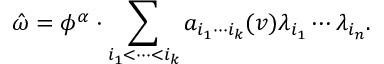
\hat { \omega } = \phi ^ { \alpha } \cdot \sum _ { i _ { 1 } < \cdots < i _ { k } } a _ { i _ { 1 } \cdots i _ { k } } ( v ) \lambda _ { i _ { 1 } } \cdots \lambda _ { i _ { n } } .